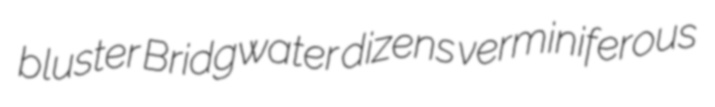
bluster Bridgwater dizens verminiferous